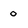
Character: 0